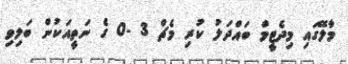
މާލޭގައި މިދެޓީމް ބައްދަލު ކުރި މެޗް 3 -0 ގެ ނަތީއަކުން ބަލިވި